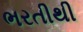
ભરતીથી